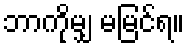
ဘာကိုမျှ မမြင်ရ။